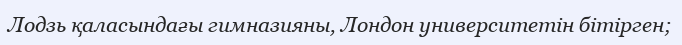
Лодзь қаласындағы гимназияны, Лондон университетін бітірген;